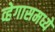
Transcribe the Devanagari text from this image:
व्हेगासमध्ये